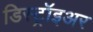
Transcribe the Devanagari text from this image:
डिस्ट्रॉइअर